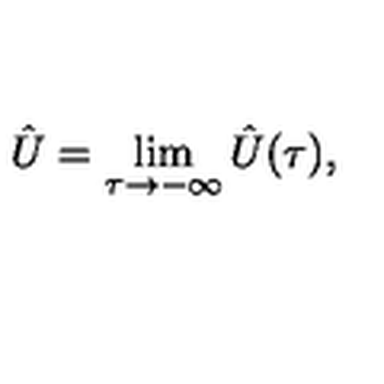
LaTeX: \hat { U } = \lim _ { \tau \to - \infty } \hat { U } ( \tau ) ,